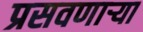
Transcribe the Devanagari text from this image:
प्रसवणार्‍या